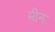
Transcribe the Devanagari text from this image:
मीनः